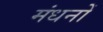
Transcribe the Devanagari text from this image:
मंधनों